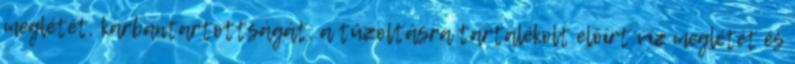
meglétét, karbantartottságát, a tûzoltásra tartalékolt elõírt víz meglétét és